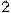
2